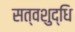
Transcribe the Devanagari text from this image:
सत्वशुद्धि